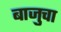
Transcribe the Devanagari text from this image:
बाजुचा